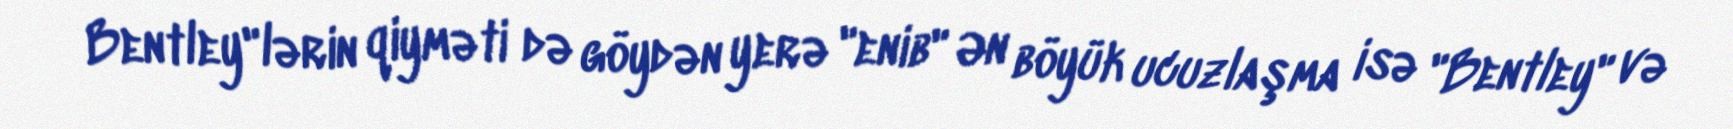
Bentley"lərin qiyməti də göydən yerə "enib" Ən böyük ucuzlaşma isə "Bentley" və